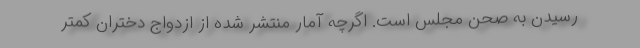
رسیدن به صحن مجلس است. اگرچه آمار منتشر شده از ازدواج دختران کمتر